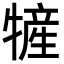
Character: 㹌